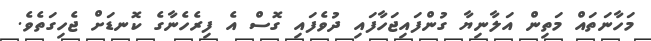
މަހާނަތައް މަތިން އަލާނިޔާ ގުންފައިޖަހާފައި ދުވެފައި ގޮސް އެ ފިރެހެނާގެ ކޮނޑަށް ޖެހިގަތެވެ.